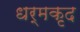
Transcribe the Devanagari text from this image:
धर्मकृद